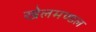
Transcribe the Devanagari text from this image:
खेलमण्डल